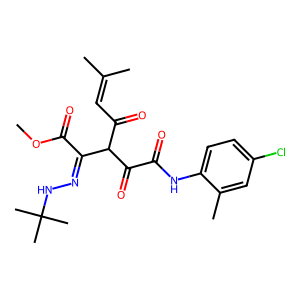
SMILES: COC(=O)C(=NNC(C)(C)C)C(C(=O)C=C(C)C)C(=O)C(=O)Nc1ccc(Cl)cc1C
Inhibits HIV replication: No